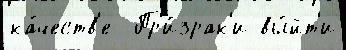
ка́честв'е  Пр'и́зрак'и вы́йт'и